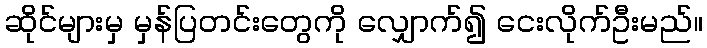
ဆိုင်များမှ မှန်ပြတင်းတွေကို လျှောက်၍ ငေးလိုက်ဦးမည်။